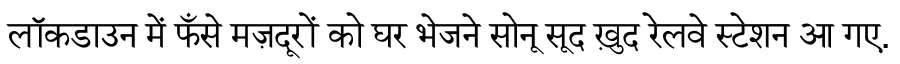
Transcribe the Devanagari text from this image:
लॉकडाउन में फँसे मज़दूरों को घर भेजने सोनू सूद ख़ुद रेलवे स्टेशन आ गए.